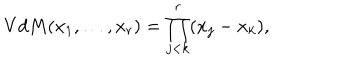
V d M ( x _ { 1 } , \ldots , x _ { r } ) = \prod _ { j < k } ^ { r } ( x _ { j } - x _ { k } ) ,